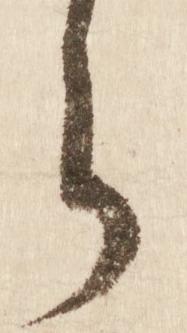
ら